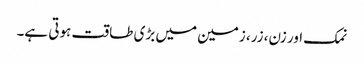
نمک اور زن، زر، زمین میں بڑی طاقت ہوتی ہے۔